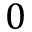
0